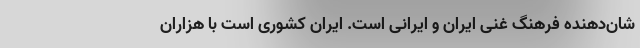
شان‌دهنده فرهنگ غنی ایران و ایرانی است. ایران کشوری است با هزاران